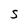
Character: S